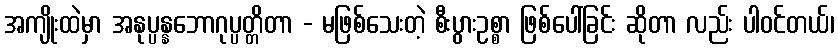
အကျိုးထဲမှာ အနုပ္ပန္နဘောဂုပ္ပတ္တိတာ - မဖြစ်သေးတဲ့ စီးပွားဥစ္စာ ဖြစ်ပေါ်ခြင်း ဆိုတာ လည်း ပါဝင်တယ်၊